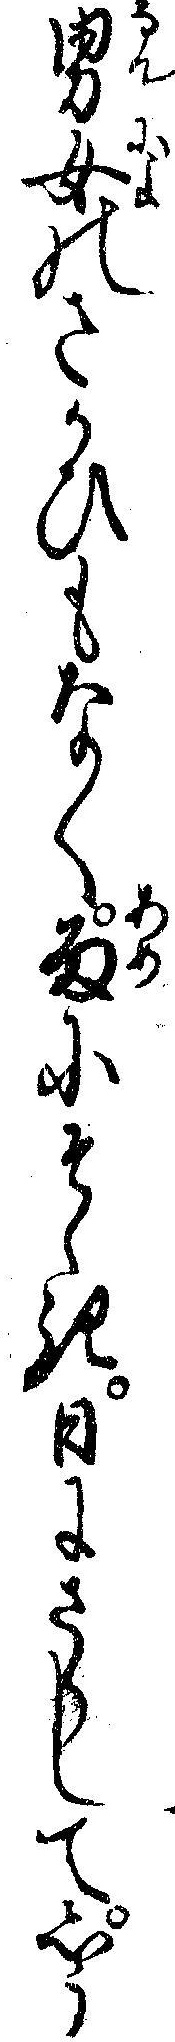
男女のさかひもなく雨にそゝき日にさらしてしう